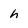
Character: h